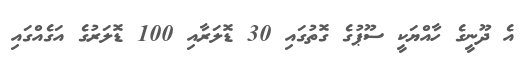
އެ ދޫނީގެ ހާއްޔަކީ ސޫޕުގެ ގޮތުގައި 30 ޑޮލަރާއި 100 ޑޮލަރުގެ އަގެއްގައި